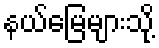
နယ်မြေများသို့